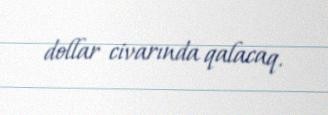
dollar civarında qalacaq.